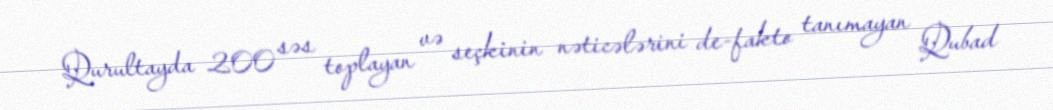
Qurultayda 200 səs toplayan və seçkinin nəticələrini de-fakto tanımayan Qubad